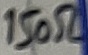
Text: 150Ω